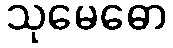
သုမေဓော